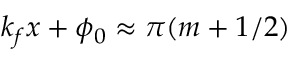
k _ { f } x + \phi _ { 0 } \approx \pi ( m + 1 / 2 )